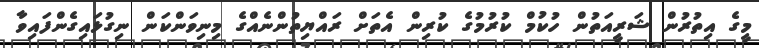
މީގެ އިތުރުން ޝަރީއަތުން ހުކުމް ކުރުމުގެ ކުރިން އެތަށް ރައްޔިތުންނެއްގެ މިނިވަންކަން ނިގުޅައިގެންފައިވާ